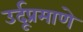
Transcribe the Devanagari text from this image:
उर्दूप्रमाणे